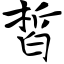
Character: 皙